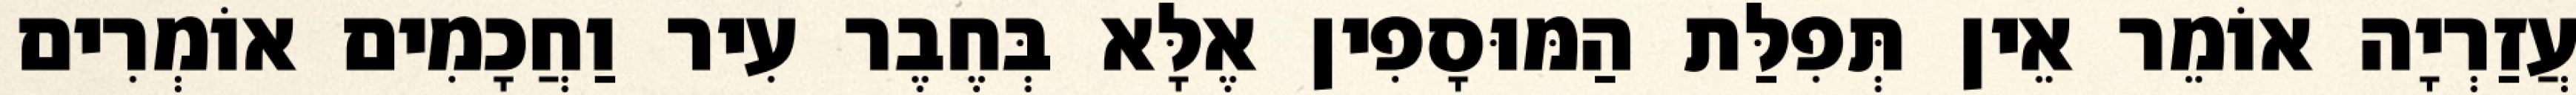
עֲזַרְיָה אוֹמֵר אֵין תְּפִלַּת הַמּוּסָפִין אֶלָּא בְּחֶבֶר עִיר וַחֲכָמִים אוֹמְרִים